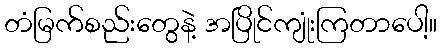
တံမြက်စည်းတွေနဲ့ အပြိုင်ကျုံးကြတာပေါ့။